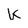
Character: k